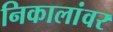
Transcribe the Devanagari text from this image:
निकालांवर